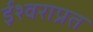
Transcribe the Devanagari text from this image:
ईश्वराप्रत